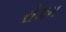
રોઝમ